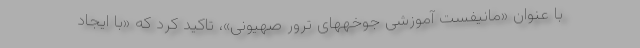
با عنوان «مانیفست آموزشی جوخههای ترور صهیونی»، تاکید کرد که «با ایجاد